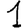
Digit: 1